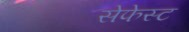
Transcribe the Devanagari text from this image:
सेफेस्ट